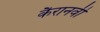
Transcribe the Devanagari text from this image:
कैरानवी